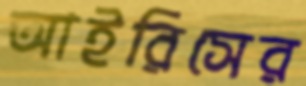
আইরিসের